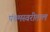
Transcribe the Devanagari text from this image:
पंचमस्वरीताल